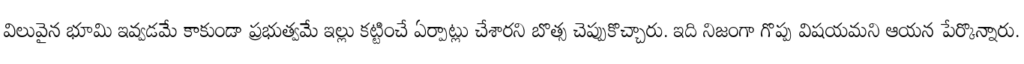
విలువైన భూమి ఇవ్వడమే కాకుండా ప్రభుత్వమే ఇల్లు కట్టించే ఏర్పాట్లు చేశారని బొత్స చెప్పుకొచ్చారు. ఇది నిజంగా గొప్ప విషయమని ఆయన పేర్కొన్నారు.